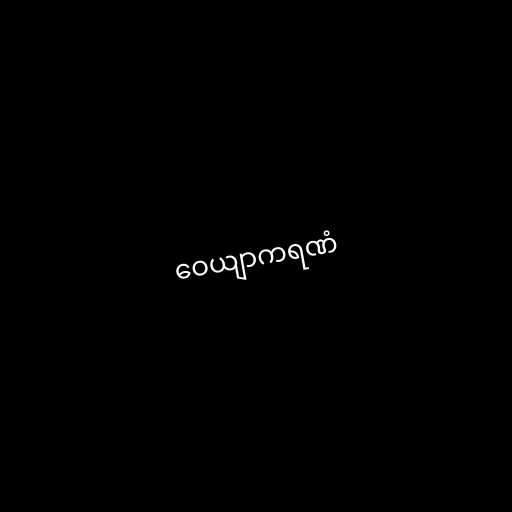
ဝေယျာကရဏံ